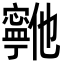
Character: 𫴞